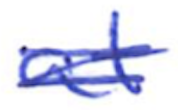
Text: at
Cross-out: scratch
Writing tool: ballpoint